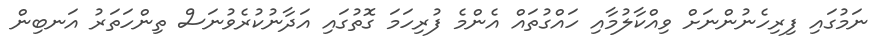
ނަމުގައި ފިރިހެނުންނަށް ވިއްކާލުމާއި ހައްގުތައް އެންމެ ފުރިހަމަ ގޮތުގައި އަދާނުކުރެވުނަސް ތިންހަތަރު އަނބިން